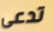
تدعى